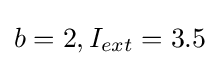
b=2,I_{ext}=3.5